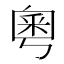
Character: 𫒀